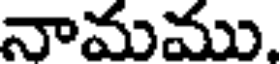
నామము.